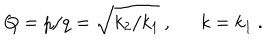
Q = p / q = \sqrt { k _ { 2 } / k _ { 1 } } \ , \ \ k = k _ { 1 } \ .